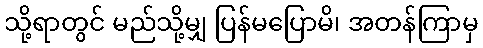
သို့ရာတွင် မည်သို့မျှ ပြန်မပြောမိ၊ အတန်ကြာမှ